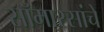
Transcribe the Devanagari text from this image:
सॉमारसांचे